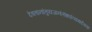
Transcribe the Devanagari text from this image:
देवतानांतुयजनंतंशपंत्यथदेवताः